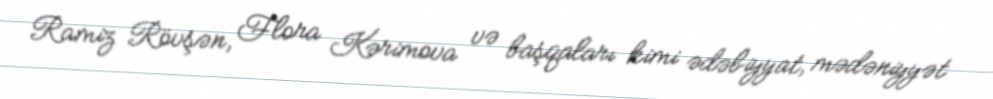
Ramiz Rövşən, Flora Kərimova və başqaları kimi ədəbiyyat, mədəniyyət